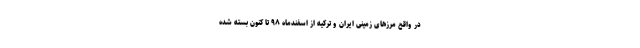
در واقع مرزهای زمینی ایران و ترکیه از اسفندماه ٩٨ تا کنون بسته شده